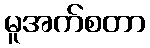
မူအက်စတာ